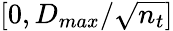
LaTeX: [0,D_{max}/\sqrt{n_{t}}]